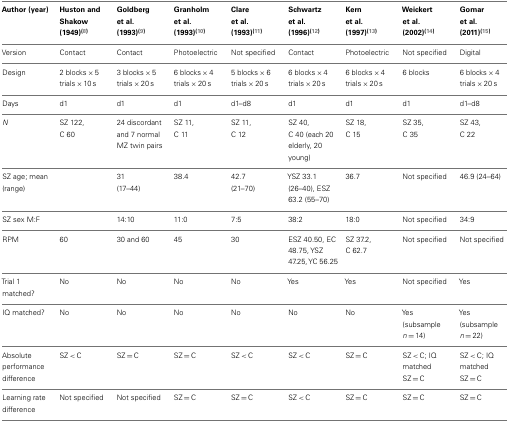
<table><thead><tr><td><b>Author (year)</b></td><td><b>Huston and Shakow (1949)<sup>(8)</sup></b></td><td><b>Goldberg et al. (1993)<sup>(9)</sup></b></td><td><b>Granholm et al. (1993)<sup>(10)</sup></b></td><td><b>Clare et al. (1993)<sup>(11)</sup></b></td><td><b>Schwartz et al. (1996)<sup>(12)</sup></b></td><td><b>Kern et al. (1997)<sup>(13)</sup></b></td><td><b>Weickert et al. (2002)<sup>(14)</sup></b></td><td><b>Gomar et al. (2011)<sup>(15)</sup></b></td></tr></thead><tbody><tr><td>Version</td><td>Contact</td><td>Contact</td><td>Photoelectric</td><td>Not specified</td><td>Contact</td><td>Photoelectric</td><td>Not specified</td><td>Digital</td></tr><tr><td>Design</td><td>2 blocks × 5 trials × 10 s</td><td>3 blocks × 5 trials × 20 s</td><td>6 blocks × 4 trials × 20 s</td><td>5 blocks × 6 trials × 20 s</td><td>6 blocks × 4 trials × 20 s</td><td>6 blocks × 4 trials × 20 s</td><td>6 blocks</td><td>6 blocks × 4 trials × 20 s</td></tr><tr><td>Days</td><td>d1</td><td>d1</td><td>d1</td><td>d1–d8</td><td>d1</td><td>d1</td><td>d1</td><td>d1–d8</td></tr><tr><td><i>N</i></td><td>SZ 122, C 60</td><td>24 discordant and 7 normal MZ twin pairs</td><td>SZ 11, C 11</td><td>SZ 11, C 12</td><td>SZ 40, C 40 (each 20 elderly, 20 young)</td><td>SZ 18, C 15</td><td>SZ 35, C 35</td><td>SZ 43, C 22</td></tr><tr><td>SZ age; mean (range)</td><td></td><td>31 (17–44)</td><td>38.4</td><td>42.7 (21–70)</td><td>YSZ 33.1 (26–40), ESZ 63.2 (55–70)</td><td>36.7</td><td>Not specified</td><td>46.9 (24–64)</td></tr><tr><td>SZ sex M:F</td><td></td><td>14:10</td><td>11:0</td><td>7:5</td><td>38:2</td><td>18:0</td><td>Not specified</td><td>34:9</td></tr><tr><td>RPM</td><td>60</td><td>30 and 60</td><td>45</td><td>30</td><td>ESZ 40.50, EC 48.75, YSZ 47.25, YC 56.25</td><td>SZ 37.2, C 62.7</td><td>Not specified</td><td>Not specified</td></tr><tr><td>Trial 1 matched?</td><td>No</td><td>No</td><td>No</td><td>No</td><td>Yes</td><td>Yes</td><td>Not specified</td><td>Yes</td></tr><tr><td>IQ matched?</td><td>No</td><td>No</td><td>No</td><td>No</td><td>No</td><td>No</td><td>Yes (subsample <i>n</i> = 14)</td><td>Yes (subsample <i>n</i> = 22)</td></tr><tr><td>Absolute performance difference</td><td>SZ &lt; C</td><td>SZ = C</td><td>SZ = C</td><td>SZ &lt; C</td><td>SZ &lt; C</td><td>SZ = C</td><td>SZ &lt; C; IQ matched SZ = C</td><td>SZ &lt; C; IQ matched SZ = C</td></tr><tr><td>Learning rate difference</td><td>Not specified</td><td>Not specified</td><td>SZ = C</td><td>SZ = C</td><td>SZ &lt; C</td><td>SZ = C</td><td>SZ = C</td><td>SZ = C</td></tr></tbody></table>